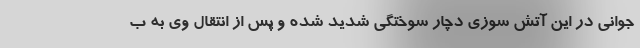
جوانی در این آتش سوزی دچار سوختگی شدید شده و پس از انتقال وی به ب